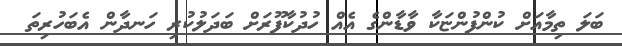
ބަލަ ތިމާއަށް ކުންފުންޏަކާ ވާޑާންގެ އެއް ހުދުކާފޫރަށް ބަދަލުކުރި ހަނދާން އެބަހުރިތަ